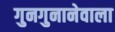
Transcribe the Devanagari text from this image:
गुनगुनानेवाला